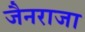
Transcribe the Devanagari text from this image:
जैनराजा